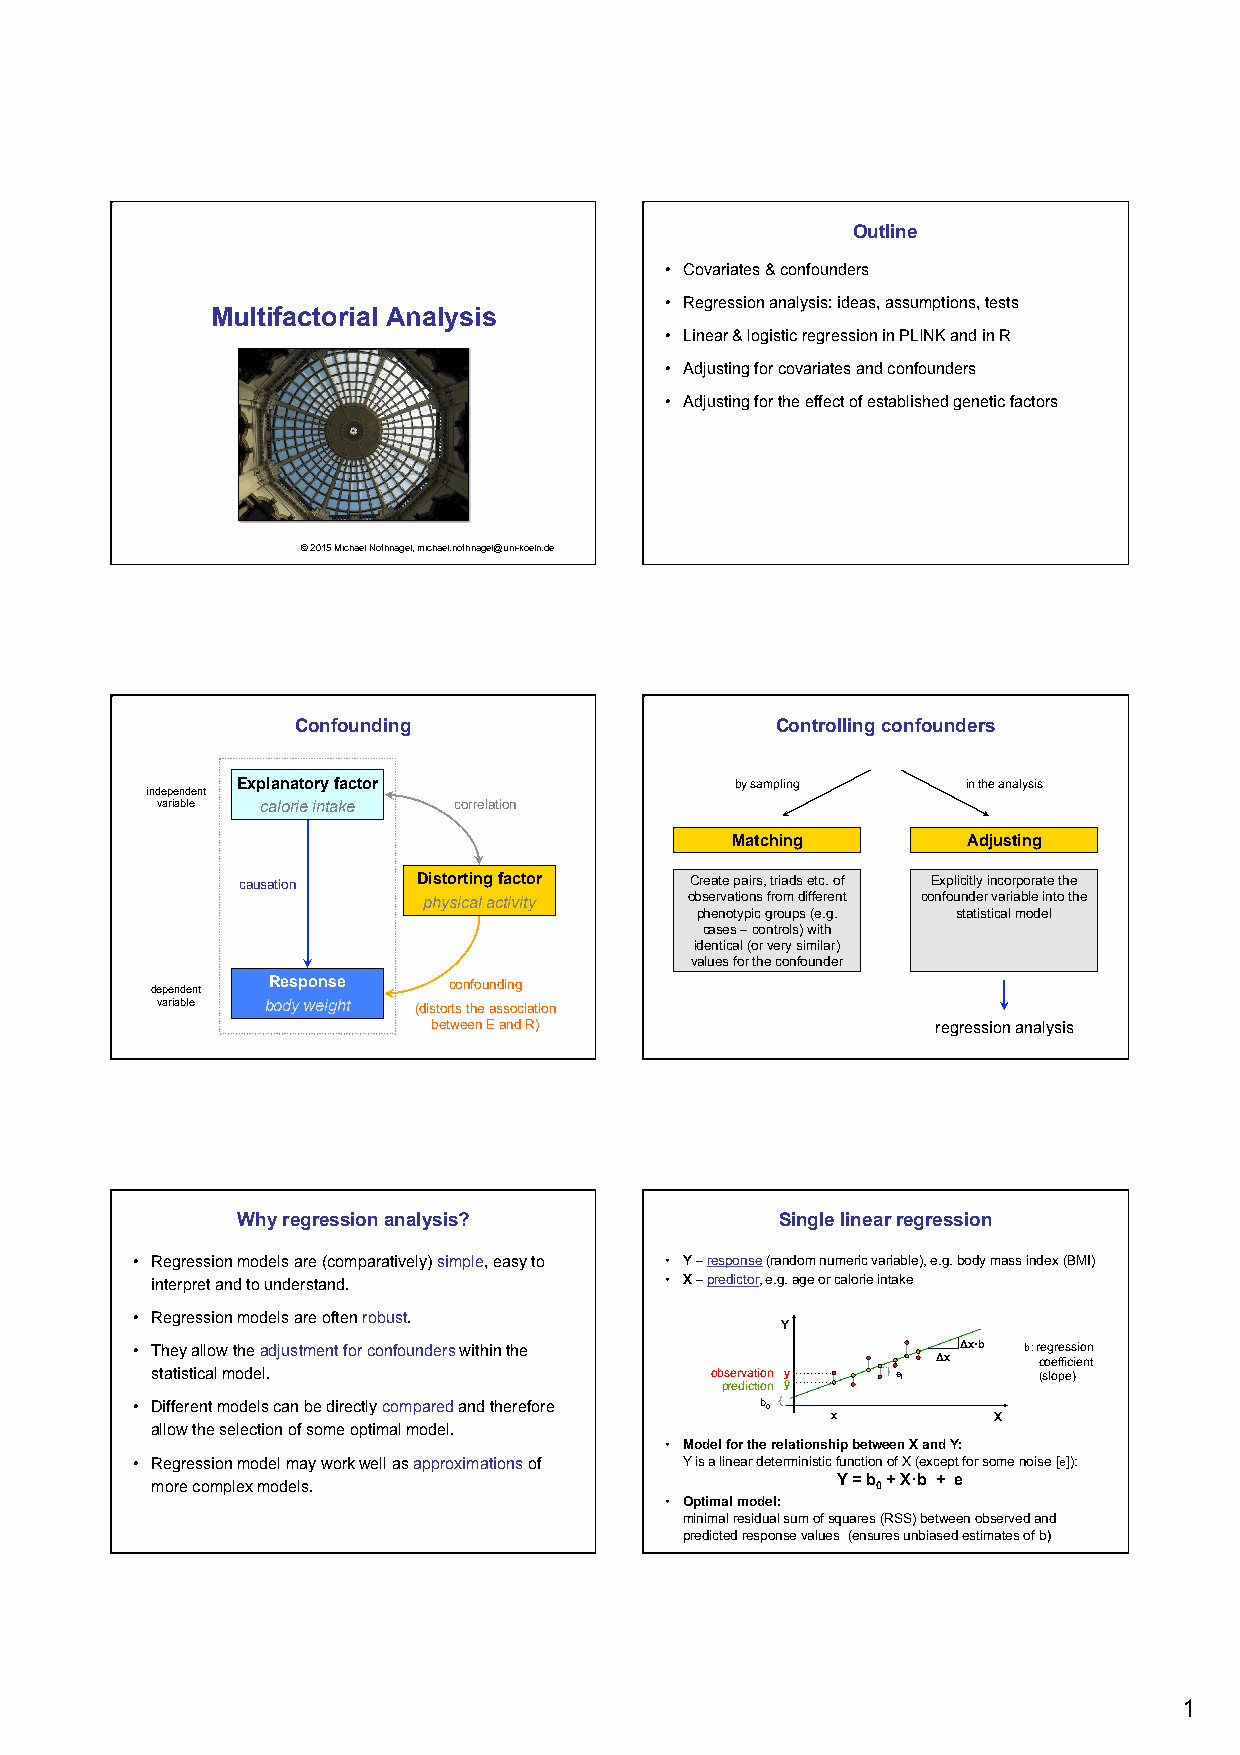
Outline
 • Covariates & confounders
 • Regression analysis: ideas, assumptions, tests
 Multifactorial Analysis
 • Linear & logistic regression in PLINK and in R
 • Adjusting for covariates and confounders
 • Adjusting for the effect of established genetic factors
 © 2015 Michael Nothnagel, michael.nothnagel@uni-koeln.de
 Confounding                    Controlling confounders
 Explanatory factor               by sampling    in the analysis
 independent
 variable calorie intake correlation
 Matching        Adjusting
 causation   Distorting factor Create pairs, triads etc. of Explicitly incorporate the
 physical activity observations from different confounder variable into the
 phenotypic groups (e.g. statistical model
 cases – controls) with
 identical (or very similar)
 values for the confounder
 Response    confounding
 dependent
 variable body weight (distorts the association
 between E and R)                 regression analysis
 Why regression analysis?            Single linear regression
 • Regression models are (comparatively) simple, easy to • Y – response (random numeric variable), e.g. body mass index (BMI)
 interpret and to understand.      • X – predictor, e.g. age or calorie intake
 • Regression models are often robust.
 Y
 • They allow the adjustment for confounders within the Δx·b b: regression
 Δx     coefficient
 statistical model.                   ob ps re er dv ia ct ti io on n ŷy e i (slope)
 • Different models can be directly compared and therefore b0
 x          X
 allow the selection of some optimal model.
 • Model for the relationship between X and Y:
 • Regression model may work well as approximations of Y is a linear deterministic function of X (except for some noise [e]):
 more complex models.
 Y = b
 0
 + X·b + e
 • Optimal model:
 minimal residual sum of squares (RSS) between observed and
 predicted response values (ensures unbiased estimates of b)
 1